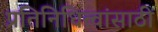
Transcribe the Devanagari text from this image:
प्रतिनिधित्वांसाठी